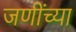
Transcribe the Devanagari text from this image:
जणींच्या